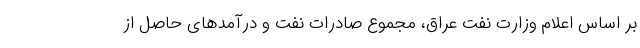
بر اساس اعلام وزارت نفت عراق، مجموع صادرات نفت و درآمدهای حاصل از